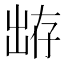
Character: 𰄕